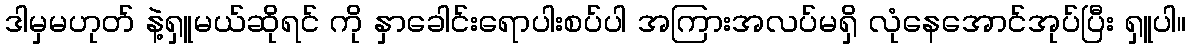
ဒါမှမဟုတ် နဲ့ရှူမယ်ဆိုရင် ကို နှာခေါင်းရောပါးစပ်ပါ အကြားအလပ်မရှိ လုံနေအောင်အုပ်ပြီး ရှူပါ။